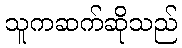
သူကဆက်ဆိုသည်